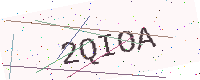
Text: 2QIOA